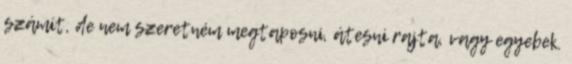
számít, de nem szeretném megtaposni, átesni rajta, vagy egyebek.